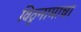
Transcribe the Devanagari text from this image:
विठूनामाचा